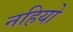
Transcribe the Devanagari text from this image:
नहियो